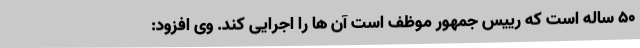
50 ساله است که رییس جمهور موظف است آن ها را اجرایی کند. وی افزود: